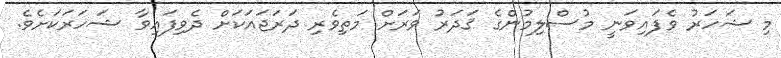
މި ޝަހަރު ވެފައިވަނީ މުސްލިމުންގެ ޤަދަރު ވަރަށް މަތިވެރި ދަރަޖައަކަށް ދެވިފައިވާ ޝަހަރަކަށެވެ.